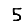
Digit: 5